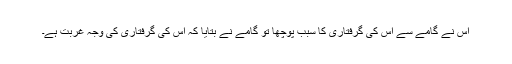
اس نے گامے سے اس کی گرفتاری کا سبب پوچھا تو گامے نے بتایا کہ اس کی گرفتاری کی وجہ غربت ہے۔